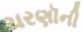
ચરણૉની